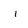
Character: i